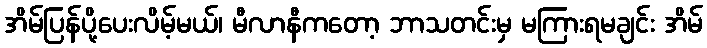
အိမ်ပြန်ပို့ပေးလိမ့်မယ်၊ မီလာနီကတော့ ဘာသတင်းမှ မကြားရမချင်း အိမ်